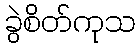
ခွဲစိတ်ကုသ